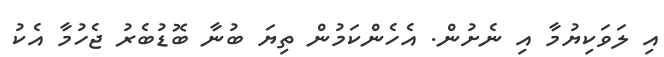
އި ލަވަކިޔުމާ އި ނެށުން. އެހެންކަމުން ތިޔަ ބުނާ ބޮޑުބެރު ޖެހުމާ އެކު